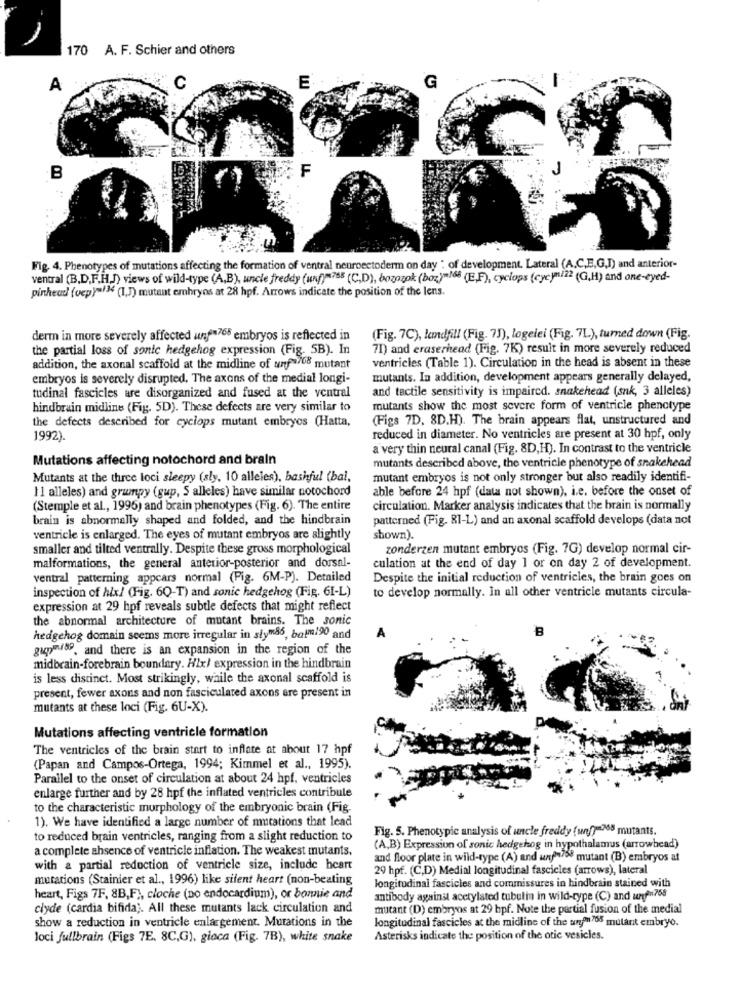
170 A. F. Schier and others
A
C
E
G
B
Fig. 4. Phenotypes of mutations affecting the formation of ventral neuroectoderm on day : of development. Lateral (A,C,E,G,I) and anterior-
ventral (B,D.F.H.J) views of wild-type (A,B), uncle freddy (un)=758 (C,D), bozozok (boz)"168 (E.F), cyclops (cyc)/2 (G,H) and one-eyed-
pinhead (vep)=/34 (1.J) mutant embryos at 28 hpf. Arrows indicate the position of the lens.
derm in more severely affected unfs765 embryos is reflected in
(Fig. 7C), landfill (Fig. 75), logelei (Fig. 7L), turned down (Fig.
the partial loss of sonic hedgehog expression (Fig. 5B). In
71) and eraserhead (Fig. 7K) result in more severely reduced
ventricles (Table 1). Circulation in the head is absent in these
addition, the axonal scaffold at the midline of unf-708 mutant
embryos is severely disrupted. The axons of the medial longi-
mutants. In addition, development appears generally delayed,
and tactile sensitivity is impaired. snakehead (snk, 3 alleles)
tudinal fascicles are disorganized and fused at the ventral
hindbrain midline (Fig. 5D). These defects are very similar to
mutants show the most severe form of ventricle phenotype
the defects described for cyclops mutant embryos (Hatta,
(Figs 7D. 8D.H). The brain appears flat, unstructured and
1992).
reduced in diameter. No ventricles are present at 30 hpf, only
a very thin neural canal (Fig. 8D,H). In contrast to the ventricle
Mutations affecting notochord and brain
mutants described above, the ventricle phenotype of snakehead
Mutants at the three loci sleepy (sly. 10 alleles), bashful (bal,
mutant embryos is not only stronger but also readily identifi-
able before 24 hpf (data not shown), i.e. before the onset of
11 alleles) and grumpy (gup, S alleles) have similar notochord
(Stemple et al ., 1996) and brain phenotypes (Fig. 6). The entire
circulation. Marker analysis indicates that the brain is normally
brain is abnormally shaped and folded, and the hindbrain
patterned (Fig. 81-L) and an axonal scaffold develops (data not
ventricle is enlarged. The eyes of mutant embryos are slightly
shown).
smaller and tilted ventrally. Despite these gross morphological
zonderzen mutant embryos (Fig. 7G) develop normal cir-
malformations, the general anterior-posterior and dorsal-
culation at the end of day 1 or on day 2 of development.
ventral patterning appears normal (Fig. 6M-P). Detailed
Despite the initial reduction of ventricles, the brain goes on
inspection of hix! (Fig. 6Q-T) and sonic hedgehog (Fig. 61-L)
to develop normally. In all other ventricle mutants circula-
expression at 29 hpf reveals subtle defects that might reflect
the abnormal architecture of mutant brains. The sonic
B
hedgehog domain seems more irregular in stym86, balm190 and
gupmf8, and there is an expansion in the region of the
midbrain-forebrain boundary. A2x/ expression in the hindbrain
is less distinct. Most strikingly, while the axonal scaffold is
present, fewer axons and non fasciculated axons are present in
mutants at these loci (Fig. 6U-X).
Mutations affecting ventricle formation
The ventricles of the brain start to inflate at about 17 hpf
(Papan and Campos-Ortega, 1994; Kimmel et al ., 1995).
Parallel to the onset of circulation at about 24 hpf, ventricles
enlarge further and by 28 hpf the inflated ventricles contribule
to the characteristic morphology of the embryonic brain (Fig.
1). We have identified a large number of mutations that lead
Fig. 5. Phenotypic analysis of uncle freddy (wwf)=765 mutants.
to reduced brain ventricles, ranging from a slight reduction to
a complete ahsence of ventricle inflation. The weakest mutants,
(A,B) Expression of sonic hedgehog in hypothalamus (arrowhead)
and floor plate in wild-type (A) and und758 mutant (B) embryos at
with a partial reduction of ventricle size, include heart
29 hpf. (C,D) Medial longitudinal fascicles (arrows), lateral
mutations (Stainier et al ., 1996) like silent heart (non-beating
longitudinal fascicles and commissures in hindbrain stained with
heart, Figs 7F. 8B,F), cloche (no endocardium), or bonnie and
antibody against acetylated tubulin in wild-type (C) and ungfu768
clyde (cardia bifida ;. All these mutants lack circulation and
mutant (D) embryos at 29 hpf. Note the partial fusion of the medial
show a reduction in ventricle enlargement. Mutations in the
longitudinal fascicles at the midline of the worm 765 mutant embryo.
loci fullbrain (Figs 7E. 8C,G), gioca (Fig. 7B), white snake
Asterisks indicate the position of the otic vesicles.